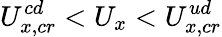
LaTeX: U_{x,cr}^{cd}<U_{x}<U_{x,cr}^{ud}